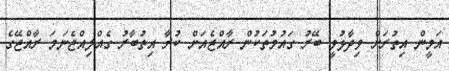
އަމީން އިތުރަށް ވިދާޅުވީ ބޭރު ގައުމުތަކުން ރާއްޖެއަށް ކުރާ އިތުބާރު ގެއްލިއްޖެނަމަ ރާއްޖޭގެ